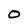
Character: 0